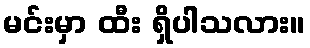
မင်းမှာ ထီး ရှိပါသလား။